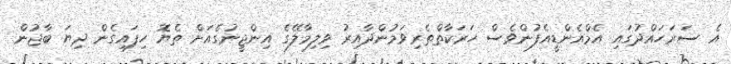
އެ ސަރަހައްދުގައި އެމްއެންޑީއެފުންވެސް ހަރަކާތްތެރިވަމުންދާއިރު ވިލިމާލޭގެ އިންޖީނުގެއަށް ތެޔޮ ހިފައިގެން ދިޔަ ބާޖުން